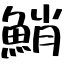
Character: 鮹